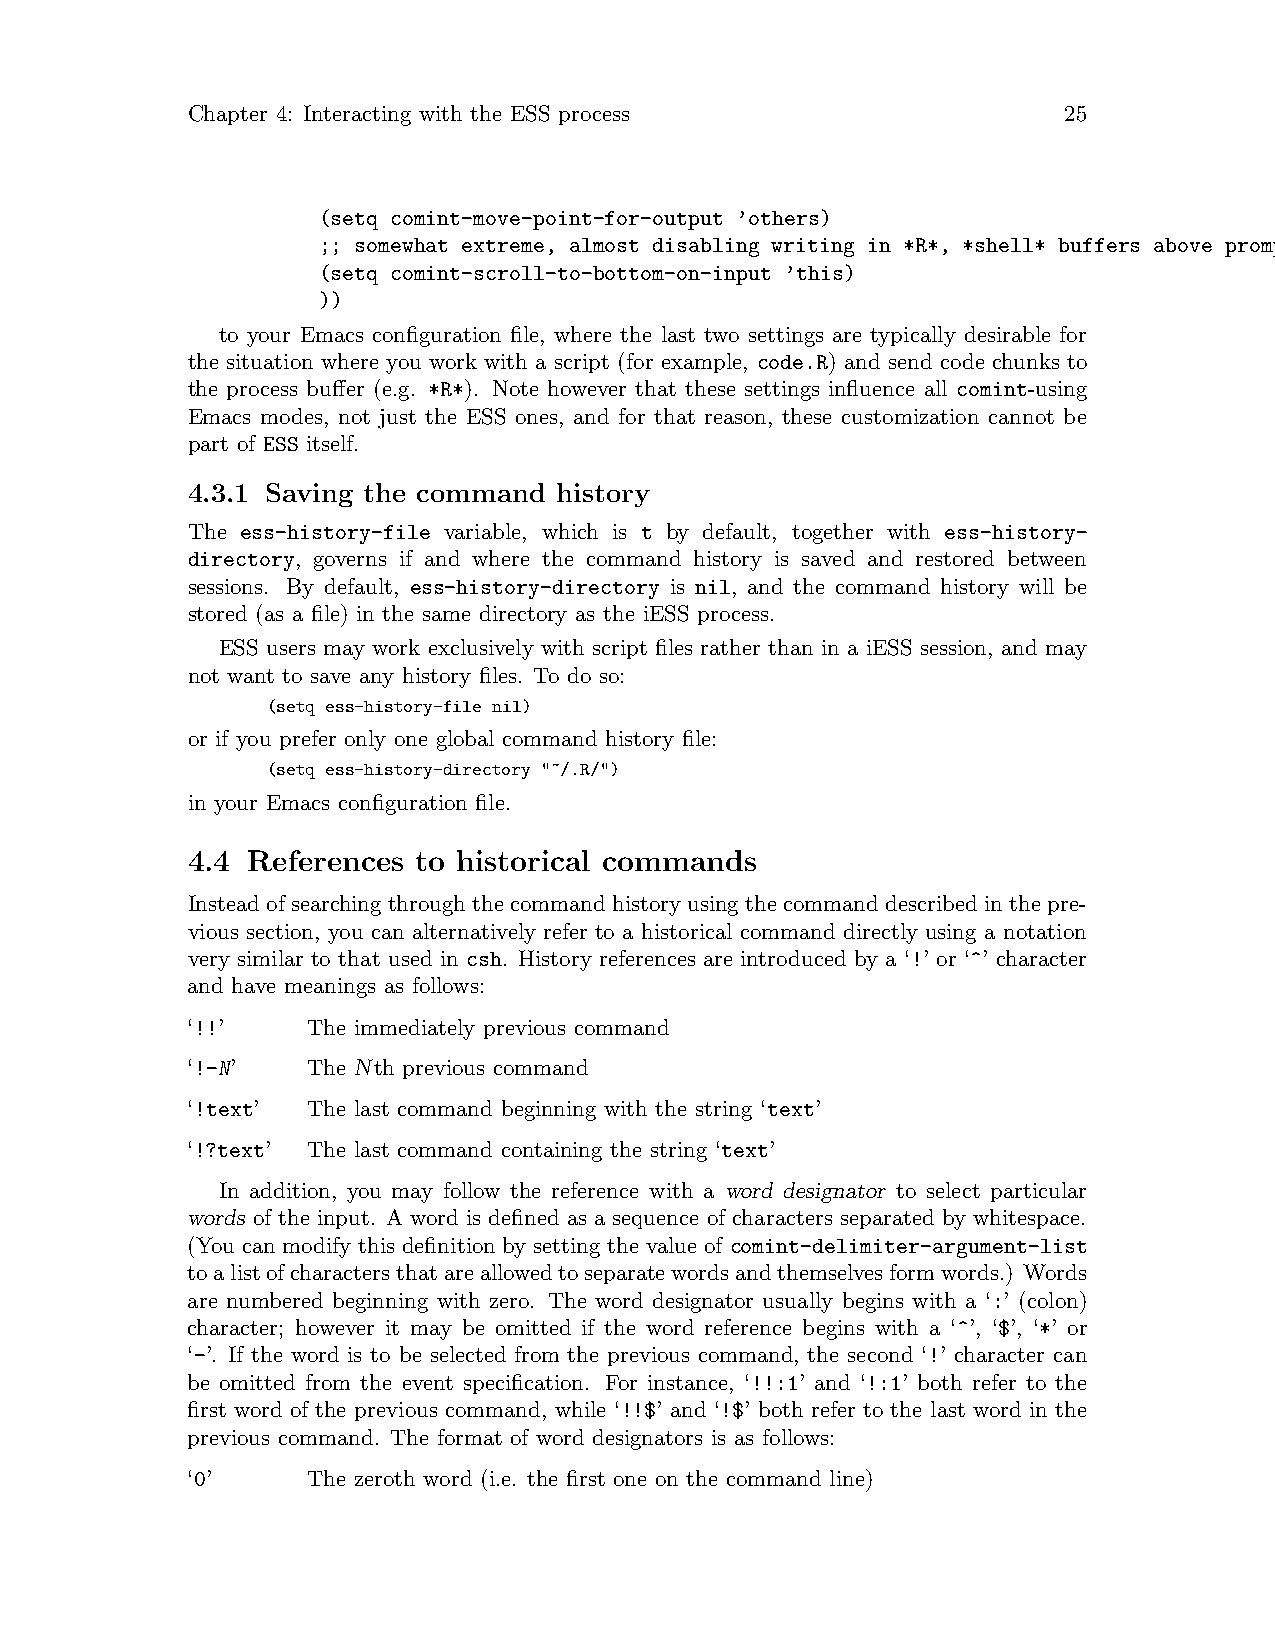
Chapter 4: Interacting with the ESS process               25
 (setq comint-move-point-for-output ’others)
 ;; somewhat extreme, almost disabling writing in *R*, *shell* buffers above prompt:
 (setq comint-scroll-to-bottom-on-input ’this)
 ))
 to your Emacs configuration file, where the last two settings are typically desirable for
 the situation where you work with a script (for example, code.R) and send code chunks to
 the process buffer (e.g. *R*). Note however that these settings influence all comint-using
 Emacs modes, not just the ESS ones, and for that reason, these customization cannot be
 part of ESS itself.
 4.3.1 Saving the command history
 The ess-history-file variable, which is t by default, together with ess-history-
 directory, governs if and where the command history is saved and restored between
 sessions. By default, ess-history-directory is nil, and the command history will be
 stored (as a file) in the same directory as the iESS process.
 ESS users may work exclusively with script files rather than in a iESS session, and may
 not want to save any history files. To do so:
 (setq ess-history-file nil)
 or if you prefer only one global command history file:
 (setq ess-history-directory "~/.R/")
 in your Emacs configuration file.
 4.4 References  to historical commands
 Insteadofsearchingthroughthecommandhistoryusingthecommanddescribedinthepre-
 vious section, you can alternatively refer to a historical command directly using a notation
 very similar to that used in csh. History references are introduced by a ‘!’ or ‘^’ character
 and have meanings as follows:
 ‘!!’    The immediately previous command
 ‘!-N’   The Nth previous command
 ‘!text’ The last command beginning with the string ‘text’
 ‘!?text’ The last command containing the string ‘text’
 In addition, you may follow the reference with a word designator to select particular
 words of the input. A word is defined as a sequence of characters separated by whitespace.
 (You can modify this definition by setting the value of comint-delimiter-argument-list
 toalistofcharactersthatareallowedtoseparatewordsandthemselvesformwords.) Words
 are numbered beginning with zero. The word designator usually begins with a ‘:’ (colon)
 character; however it may be omitted if the word reference begins with a ‘^’, ‘$’, ‘*’ or
 ‘-’. If the word is to be selected from the previous command, the second ‘!’ character can
 be omitted from the event specification. For instance, ‘!!:1’ and ‘!:1’ both refer to the
 first word of the previous command, while ‘!!$’ and ‘!$’ both refer to the last word in the
 previous command. The format of word designators is as follows:
 ‘0’     The zeroth word (i.e. the first one on the command line)